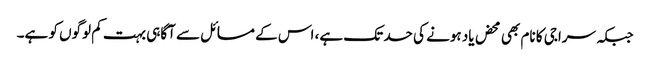
جبکہ سراجی کا نام بھی محض یاد ہونے کی حد تک ہے، اس کے مسائل سے آگاہی بہت کم لوگوں کو ہے۔